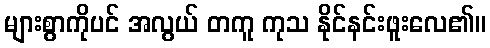
များစွာကိုပင် အလွယ် တကူ ကုသ နိုင်နင်းဖူးလေ၏။